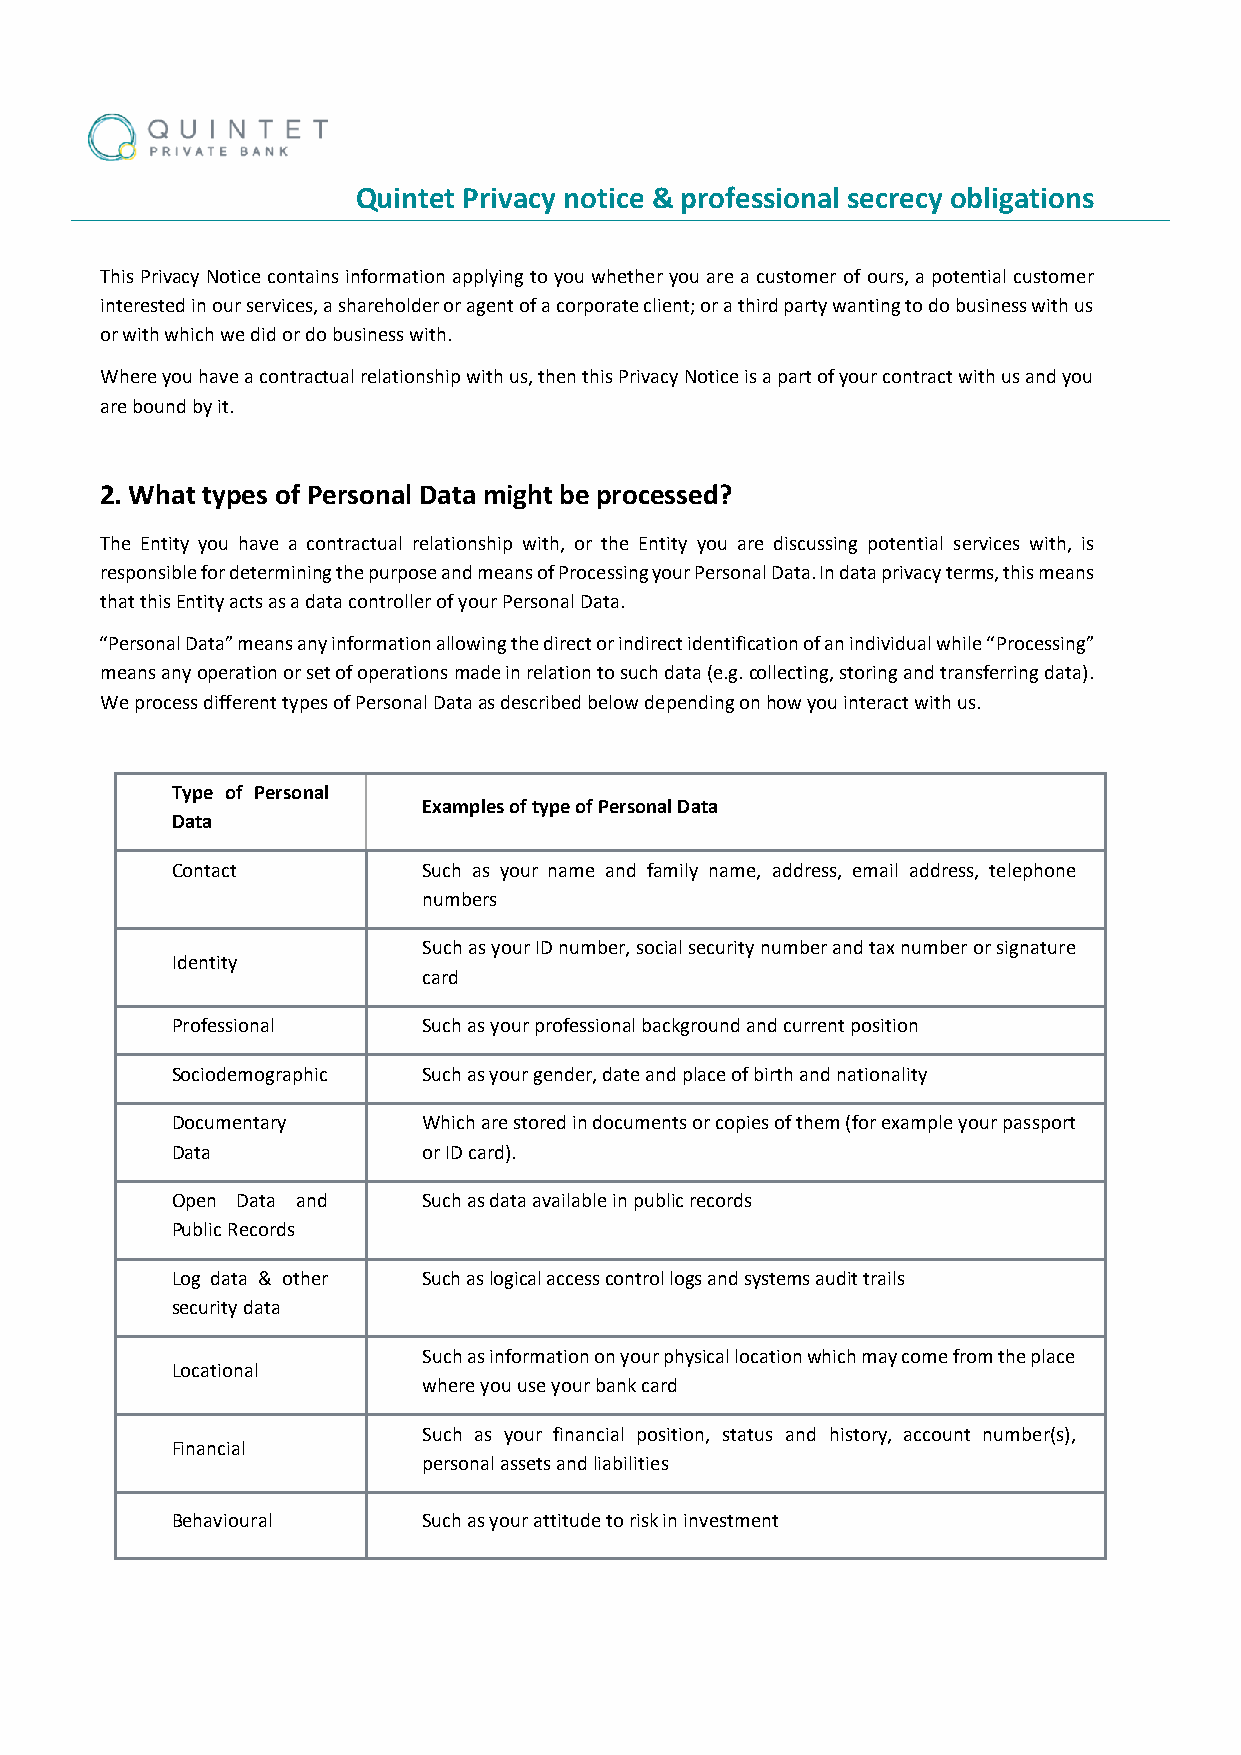
Quintet Privacy notice & professional secrecy obligations
 This Privacy Notice contains information applying to you whether you are a customer of ours, a potential customer
 interested in our services, a shareholder or agent of a corporate client; or a third party wanting to do business with us
 or with which we did or do business with.
 Where you have a contractual relationship with us, then this Privacy Notice is a part of your contract with us and you
 are bound by it.
 2. What types of Personal Data might be processed?
 The Entity you have a contractual relationship with, or the Entity you are discussing potential services with, is
 responsible for determining the purpose and means of Processing your Personal Data. In data privacy terms, this means
 that this Entity acts as a data controller of your Personal Data.
 “Personal Data” means any information allowing the direct or indirect identification of an individual while “Processing”
 means any operation or set of operations made in relation to such data (e.g. collecting, storing and transferring data).
 We process different types of Personal Data as described below depending on how you interact with us.
 Type of Personal
 Examples of type of Personal Data
 Data
 Contact          Such as your name and family name, address, email address, telephone
 numbers
 Such as your ID number, social security number and tax number or signature
 Identity
 card
 Professional     Such as your professional background and current position
 Sociodemographic Such as your gender, date and place of birth and nationality
 Documentary      Which are stored in documents or copies of them (for example your passport
 Data             or ID card).
 Open Data and    Such as data available in public records
 Public Records
 Log data & other Such as logical access control logs and systems audit trails
 security data
 Such as information on your physical location which may come from the place
 Locational
 where you use your bank card
 Such as your financial position, status and history, account number(s),
 Financial
 personal assets and liabilities
 Behavioural      Such as your attitude to risk in investment